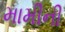
મામીની